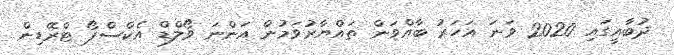
ދުބާއީގައި 2020 ވަނަ އަހަރު ބާއްވަން ތައްޔާރުވަމުން އަންނަ ވޯލްޑް އެކްސްޕޯ ޓްރޭޑިން